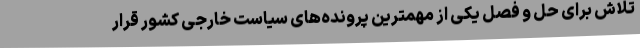
تلاش برای حل و فصل یکی از مهمترین پرونده‌های سیاست خارجی کشور قرار